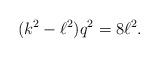
LaTeX: \begin{align*}(k^2-\ell^2)q^2 = 8\ell^2.\end{align*}